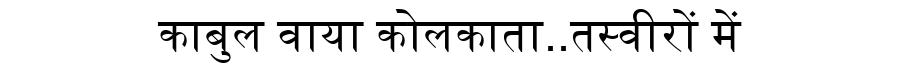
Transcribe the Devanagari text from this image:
काबुल वाया कोलकाता..तस्वीरों में